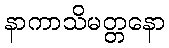
နာကာသိမတ္တနော